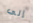
إلى